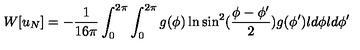
W [ u _ { N } ] = - { \frac { 1 } { 1 6 \pi } } \int _ { 0 } ^ { 2 \pi } \int _ { 0 } ^ { 2 \pi } g ( \phi ) \ln \sin ^ { 2 } ( { \frac { \phi - \phi ^ { \prime } } { 2 } } ) g ( \phi ^ { \prime } ) l d \phi l d \phi ^ { \prime }